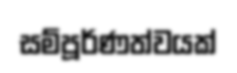
සම්පූර්ණත්වයක්